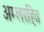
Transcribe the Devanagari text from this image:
अम्लरहित